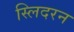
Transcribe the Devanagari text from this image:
स्लिदरन